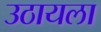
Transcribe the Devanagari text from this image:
उठायला